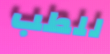
للطب